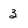
Character: 3